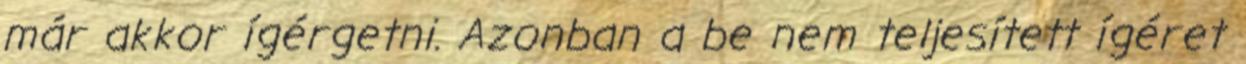
már akkor ígérgetni. Azonban a be nem teljesített ígéret